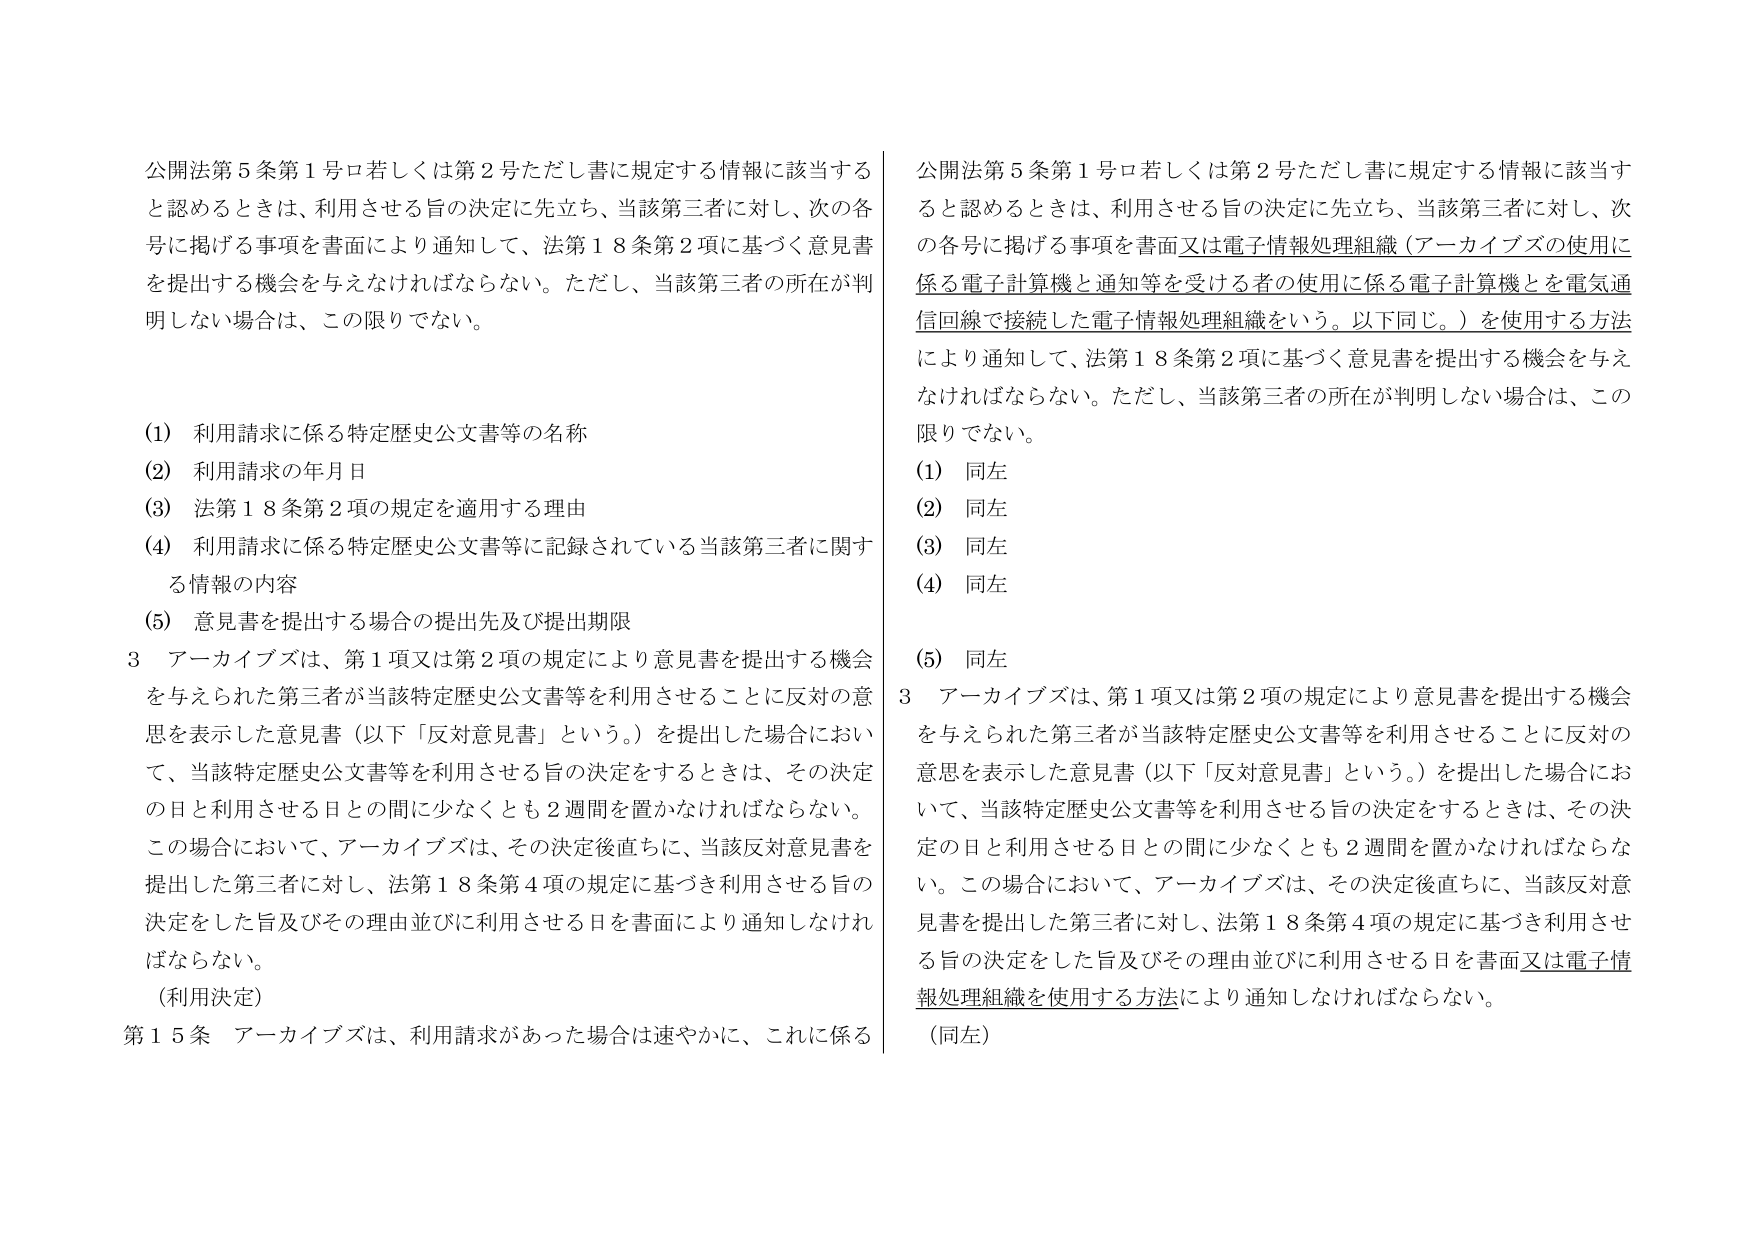
公開法第５条第１号ロ若しくは第２号ただし書に規定する情報に該当すると認めるときは、利用させる旨の決定に先立ち、当該第三者に対し、次の各号に掲げる事項を書面により通知して、法第１８条第２項に基づく意見書を提出する機会を与えなければならない。ただし、当該第三者の所在が判明しない場合は、この限りでない。

(1) 利用請求に係る特定歴史公文書等の名称
(2) 利用請求の年月日
(3) 法第１８条第２項の規定を適用する理由
(4) 利用請求に係る特定歴史公文書等に記録されている当該第三者に関する情報の内容
(5) 意見書を提出する場合の提出先及び提出期限

３ アーカイブズは、第１項又は第２項の規定により意見書を提出する機会を与えられた第三者が当該特定歴史公文書等を利用させることに反対の意思を表示した意見書（以下「反対意見書」という。）を提出した場合において、当該特定歴史公文書等を利用させる旨の決定をするときは、その決定の日と利用させる日との間に少なくとも２週間を置かなければならない。この場合において、アーカイブズは、その決定後直ちに、当該反対意見書を提出した第三者に対し、法第１８条第４項の規定に基づき利用させる旨の決定をした旨及びその理由並びに利用させる日を書面により通知しなければならない。

（利用決定）

第１５条 アーカイブズは、利用請求があった場合は速やかに、これに係る

公開法第５条第１号ロ若しくは第２号ただし書に規定する情報に該当すると認めるときは、利用させる旨の決定に先立ち、当該第三者に対し、次の各号に掲げる事項を書面又は電子情報処理組織（アーカイブズの使用に係る電子計算機と通知等を受ける者の使用に係る電子計算機を電気通信回線で接続した電子情報処理組織をいう。以下同じ。）を使用する方法により通知して、法第１８条第２項に基づく意見書を提出する機会を与えなければならない。ただし、当該第三者の所在が判明しない場合は、この限りでない。

(1) 同左
(2) 同左
(3) 同左
(4) 同左
(5) 同左

３ アーカイブズは、第１項又は第２項の規定により意見書を提出する機会を与えられた第三者が当該特定歴史公文書等を利用させることに反対の意思を表示した意見書（以下「反対意見書」という。）を提出した場合において、当該特定歴史公文書等を利用させる旨の決定をするときは、その決定の日と利用させる日との間に少なくとも２週間を置かなければならない。この場合において、アーカイブズは、その決定後直ちに、当該反対意見書を提出した第三者に対し、法第１８条第４項の規定に基づき利用させる旨の決定をした旨及びその理由並びに利用させる日を書面又は電子情報処理組織を使用する方法により通知しなければならない。

（同左）